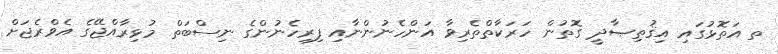
ތ އަތޮޅުގައި އިޤުތިޞާދީ ގޮތުން ހަރަކާތްތެރިވާ އަންހެނުންނާއި ފިރިހެނުންގެ ނިސްބަތް މުޅިރާއްޖޭގެ އެވްރެޖަށް